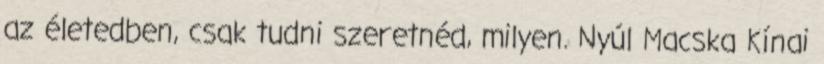
az életedben, csak tudni szeretnéd, milyen. Nyúl Macska Kínai